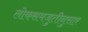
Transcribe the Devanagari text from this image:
लोकसमजुतीनुसार